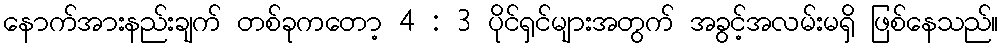
နောက်အားနည်းချက် တစ်ခုကတော့ 4 : 3 ပိုင်ရှင်များအတွက် အခွင့်အလမ်းမရှိ ဖြစ်နေသည်။